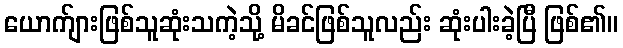
ယောက်ျားဖြစ်သူဆုံးသကဲ့သို့ မိခင်ဖြစ်သူလည်း ဆုံးပါးခဲ့ပြီ ဖြစ်၏။